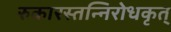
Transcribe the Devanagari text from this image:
रुकारस्तन्निरोधकृत्